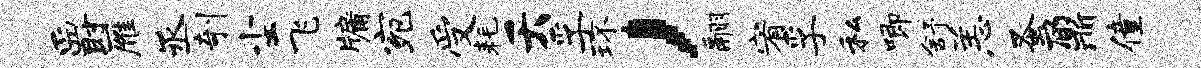
爵雁丞剞尘飞牖宛受耗夭孚环，翮宥孚私唧舒恙蚤鼐僮